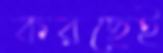
করছেই